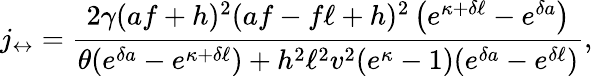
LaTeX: j_{\leftrightarrow}=\frac{2\gamma(af+h)^{2}(af-f\ell+h)^{2}\left(e^{\kappa+\delta\ell}-e^{\delta a}\right)}{\theta(e^{\delta a}-e^{\kappa+\delta\ell})+h^{2}\ell^{2}v^{2}(e^{\kappa}-1)(e^{\delta a}-e^{\delta\ell})},